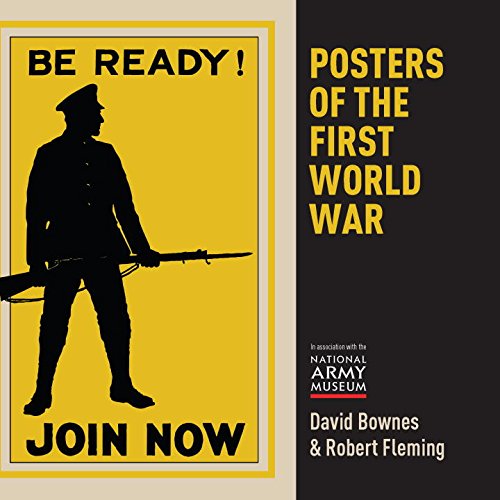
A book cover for Posters of the First World War (Shire General); David Bownes; Crafts, Hobbies & Home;